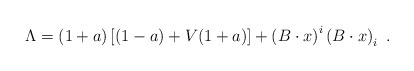
\begin{align*} \Lambda = (1+a)\left[(1-a) + V(1+a)\right] + \left(B\cdot x\right)^i \left(B\cdot x\right)_i~.\end{align*}